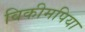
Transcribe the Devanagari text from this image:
विकीमपिया